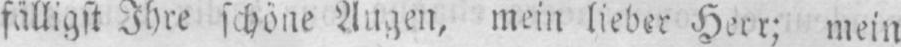
fälligst Ihre schöne Augen, mein lieber Herr; mein